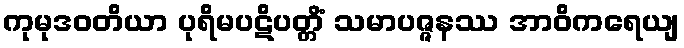
ကုမုဒဝတိယာ ပုရိမပဋိပတ္တိံ သမာပဇ္ဇနဿ အာဝိကရေယျ